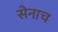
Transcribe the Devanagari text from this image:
सेनाच